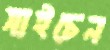
সাইচেন